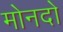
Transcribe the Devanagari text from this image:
मोनदो